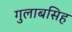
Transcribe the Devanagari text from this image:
गुलाबसिह